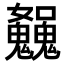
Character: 𩴿